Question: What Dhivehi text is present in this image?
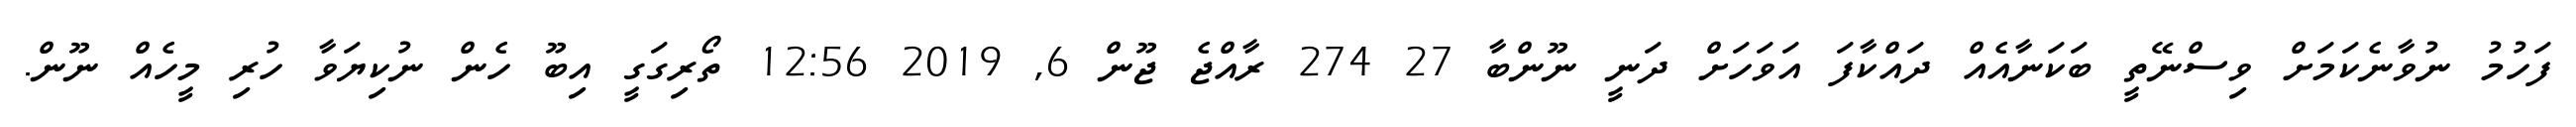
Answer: ފަހުމު ނުވާނެކަމަށް ވިސްނޭތީ ބަކަނާއެއް ދައްކާފަ އަވަހަށް ދަނީ ނޫންބާ 27 274 ރާއްޖެ ޖޫން 6, 2019 12:56 ތޯރިގަގީ އިބޫ ހެން ނުކިޔަވާ ހުރި މީހެއް ނޫން.